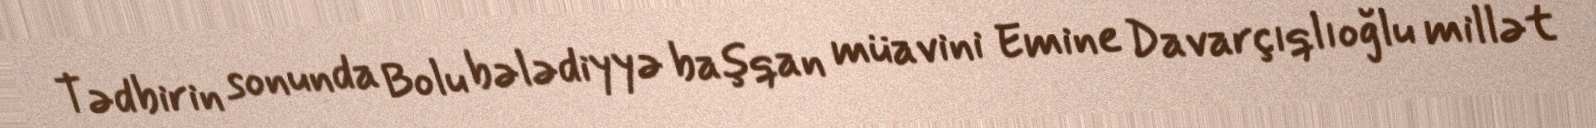
Tədbirin sonunda Bolu bələdiyyə başqan müavini Emine Davarçıqlıoğlu millət